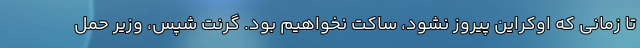
تا زمانی که اوکراین پیروز نشود، ساکت نخواهیم بود. گرنت شپس، وزیر حمل